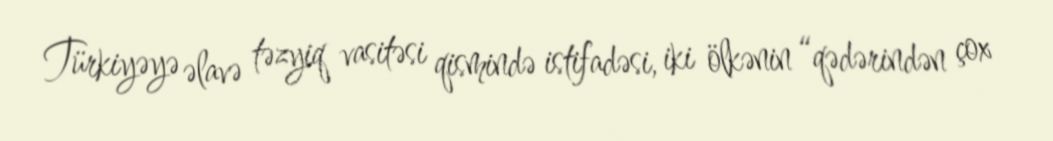
Türkiyəyə əlavə təzyiq vasitəsi qismində istifadəsi, iki ölkənin “qədərindən çox